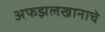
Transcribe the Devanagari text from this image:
अफझलखानाचे